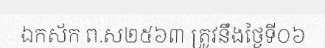
ឯកស័ក ព.ស២៥៦៣ ត្រូវនឹងថ្ងៃទី០៦